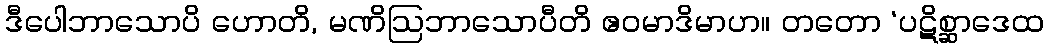
ဒီပေါဘာသောပိ ဟောတိ, မဏိဩဘာသောပီတိ ဧဝမာဒိမာဟ။ တတော ‘ပဋိစ္ဆာဒေထ